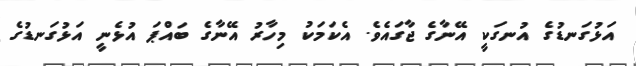
އަޅުގަނޑުގެ އުނގަކީ އޭނާގެ ޖާގައެވެ. އެކަމަކު މިހާރު އޭނާގެ ބައްޕަ އުޅެނީ އަޅުގަނޑުގެ